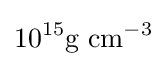
10^{15}{\text{g cm}}^{-3}